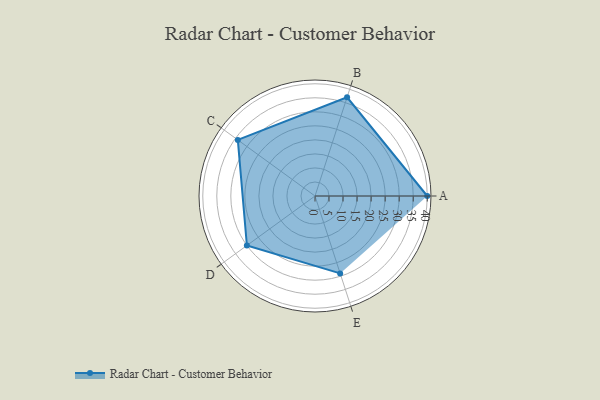
{"axis": {"x": "Skill", "y": "Score"}, "legend": ["Profile"], "data": [{"x": "A", "y": 40.0, "type": "Profile"}, {"x": "B", "y": 37.0, "type": "Profile"}, {"x": "C", "y": 34.0, "type": "Profile"}, {"x": "D", "y": 30.0, "type": "Profile"}, {"x": "E", "y": 29.0, "type": "Profile"}]}